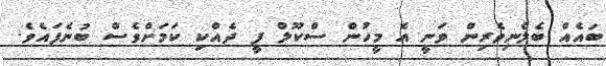
ބައެއް ބެލެނިވެރިން ވަނީ އެ މީހުން ސްކޫލް ފީ ދެއްކި ކަމަށްވެސް ބުނެފައެވެ.